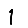
Digit: 1